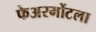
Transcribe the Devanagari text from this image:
फेअरमोंटला